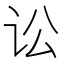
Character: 讼